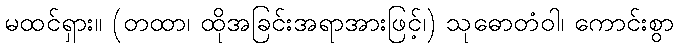
မထင်ရှား။ (တထာ၊ ထိုအခြင်းအရာအားဖြင့်၊) သုဓောတံဝါ၊ ကောင်းစွာ